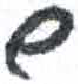
אות: ש